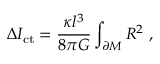
\Delta I _ { \mathrm { c t } } = { \frac { \kappa l ^ { 3 } } { 8 \pi G } } \int _ { \partial { \cal M } } { \cal R } ^ { 2 } \ ,